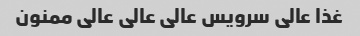
غذا عالی سرویس عالی عالی عالی ممنون